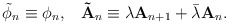
\begin{align*}\tilde{\phi}_n\equiv \phi _n,\;\;\;\mathbf{\tilde{A}}_n\equiv \lambda \mathbf{A}_{n+1}+\bar{\lambda}\mathbf{A}_n.\end{align*}